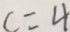
c = 4